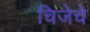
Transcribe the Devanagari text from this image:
चिजेचे